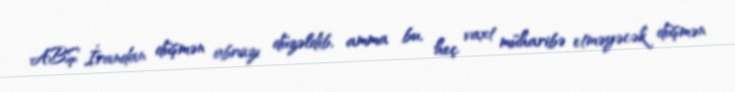
ABŞ İrandan düşmən obrazı düzəldib, amma bu, heç vaxt müharibə etməyəcək düşmən